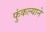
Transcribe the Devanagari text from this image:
फुंकल्याने